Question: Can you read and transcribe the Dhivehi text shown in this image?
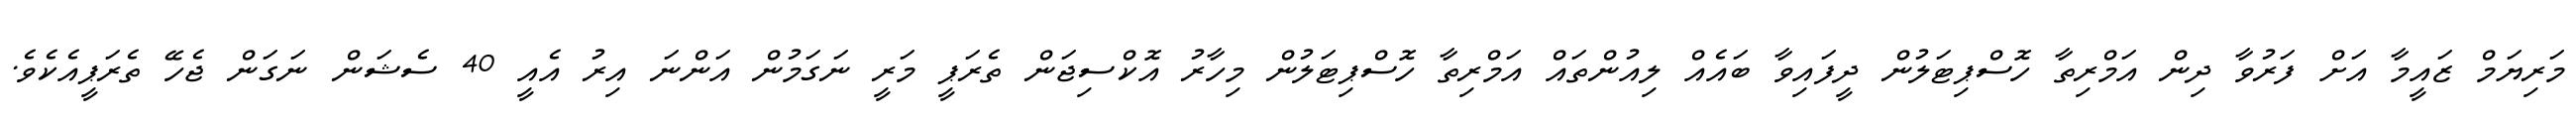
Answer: މަރިޔަމް ޒައީމާ އަށް ފަރުވާ ދިން އަމްރިތާ ހޮސްޕިޓަލުން ދީފައިވާ ބައެއް ލިއުންތައް އަމްރިތާ ހޮސްޕިޓަލުން މިހާރު އޮކްސިޖަން ތެރަޕީ މަރީ ނަގަމުން އަންނަ އިރު އެއީ 40 ސެޝަން ނަގަން ޖެހޭ ތެރަޕީއެކެވެ.